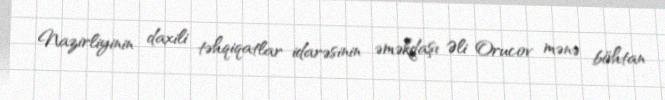
Nazirliyinin daxili təhqiqatlar idarəsinin əməkdaşı Əli Orucov mənə böhtan